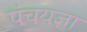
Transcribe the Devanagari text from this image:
पंचयज्ञा